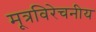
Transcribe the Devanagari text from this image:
मूत्रविरेचनीय